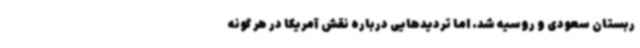
ربستان سعودی و روسیه شد. اما تردیدهایی درباره نقش آمریکا در هر گونه